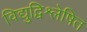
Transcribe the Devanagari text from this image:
विद्युद्विश्लेषित